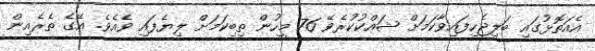
އެއަތޮޅުގައި ބަލިޖެހިފައިވާކަމަށް ޝައްކުކުރެވޭ 76 މީހުން ތިބިކަމަށް ލިޔެފައި ވެއެވެ. އޭގެ ތެރެއިން